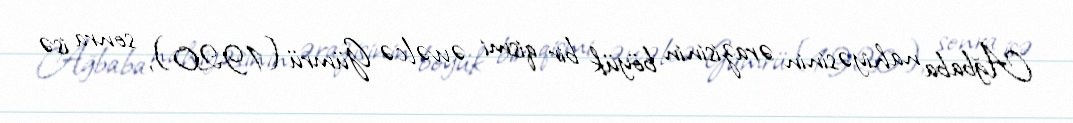
Ağbaba nahiyəsinin ərazisinin böyük bir qismi əvvəlcə Gümrü (1920), sonra isə